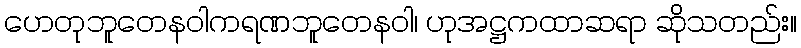
ဟေတုဘူတေနဝါကရဏဘူတေနဝါ၊ ဟုအဋ္ဌကထာဆရာ ဆိုသတည်း။